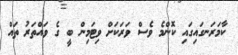
ކާމަރަނގައިގައި ކޮންމެ ވެސް ވަރަކަށް ވިޓަމިން ބީ ގެ ވައްތަރު ތައް